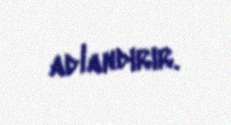
adlandırır.